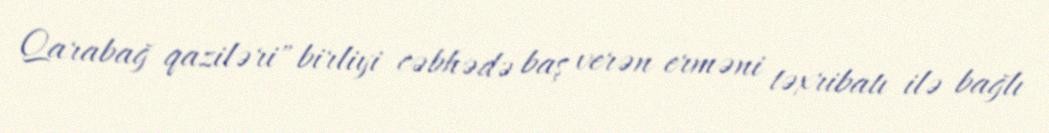
Qarabağ qaziləri" birliyi cəbhədə baş verən erməni təxribatı ilə bağlı